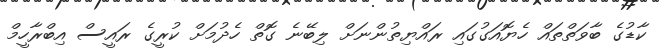
ކާޑުގެ ބާވަތްތައް ހެޔޮއަގުގައި ރައްޔިތުންނަށް ލިބޭނެ ގޮތް ހެދުމަށް ކުރީގެ ރައީސް އިބްރާހީމް